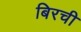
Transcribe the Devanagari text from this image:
बिरची